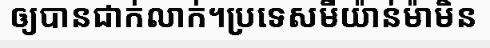
ឲ្យបានជាក់លាក់។ប្រទេសមីយ៉ាន់ម៉ាមិន